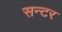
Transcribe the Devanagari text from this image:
सन्टर